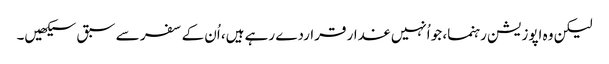
لیکن وہ اپوزیشن رہنما، جو اُنہیں غدار قراردے رہے ہیں، اُن کے سفر سے سبق سیکھیں۔